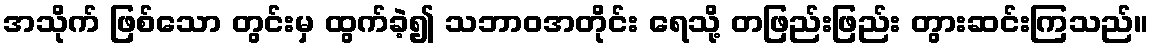
အသိုက် ဖြစ်သော တွင်းမှ ထွက်ခဲ့၍ သဘာဝအတိုင်း ရေသို့ တဖြည်းဖြည်း တွားဆင်းကြသည်။